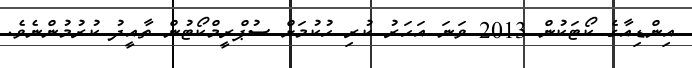
އިންޑިއާގެ ކޯޓަކުން 2013 ވަނަ އަހަރު ކުރި ހުކުމަށް ސުޕްރީމްކޯޓުން ތާއީދު ކުރުމުންނެވެ.